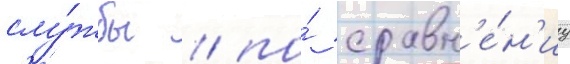
слу́жбы / по́ сравн'е́н'иу